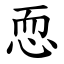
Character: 恧